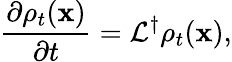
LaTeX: \frac{\partial\rho_{t}(\mathbf{x})}{\partial t}=\mathcal{L}^{\dagger}\rho_{t}(\mathbf{x}),